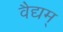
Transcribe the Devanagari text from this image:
वैद्यम्